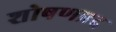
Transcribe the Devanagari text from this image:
शोषणप्रद